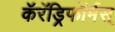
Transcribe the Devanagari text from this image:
कॅरॅड्रिफॉर्मस्